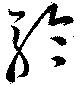
聽